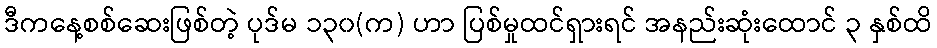
ဒီကနေ့စစ်ဆေးဖြစ်တဲ့ ပုဒ်မ ၁၃၀(က) ဟာ ပြစ်မှုထင်ရှားရင် အနည်းဆုံးထောင် ၃ နှစ်ထိ